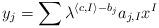
LaTeX: \begin{align*} y_j = \sum\lambda^{\langle c ,I\rangle-b_j}a_{j,I} x^I \end{align*}